Report on vaccination in Madras 1922-1929 - 1922-1929
Year: 1922
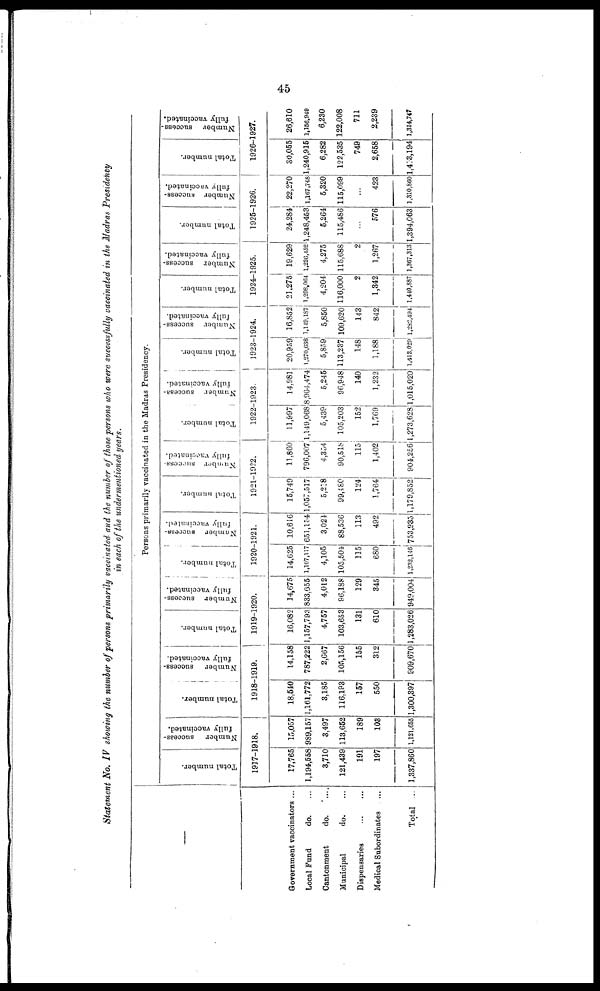
45
Statement No. IV showing the number of persons primarily vaccinated and the number of those persons who were successfully vaccinated in the Madras Presidency
in each of the undermentioned years.
—
Government vaccinators ...
Local Fund
do. ... ...
Cantonment
do... ... ...
Municipal
do.
Dispensaries...
...
...
Medical Subordinates
...
Total ...
Persons primarily vaccinated in the Madras Presidency.
Total number.
Number success-
fully vaccinated.
1917-1918.
17,765
1,194,558
3,710
121,439
191
197
1,337,860
15,057
989,157
3,497
113,652
189
103
1,121,655
Total number.
Number success-
fully vaccinated.
1918-1919.
18,540
1,161,772
3,185
116,193
157
550
1,300,397
14,158
787,222
2,667
105,156
155
312
909,670
Total number.
Number success-
fully vaccinated.
1919-1920.
16,082
1,157,793
4,757
103,653
131
610
1,283,026
14,675
833,655
4,012
96,188
129
345
949,004
Total number.
Number success-
fully vaccinated.
_
1920-1921.
14,625
1,107,117
4,105
105,504
115
680
1,282,146
10,616
651,154
3,024
88,536
113
492
753,935
Total number.
Number success-
fully vaccinated.
_
1921-1922.
15,749
1,057,517
5,218
99,480
124
1,764
1,179,852
11,860
796,007
4,354
90,518
115
1,402
904,256
Total number.
Number success-
fully vaccinated.
1922-1923.
11,997
1,149,068
5,439
105,203
152
1,769
1,273,628
14,981
8,964,474
5,245
96,948
140
1,232
1,015,020
Total number.
Number success-
fully vaccinated.
1923-1924.
20,959
1,270,638
5,859
113,237
148
1,188
1,412,029
16,852
1,149,187
5,850
109,620
143
842
1,282,494
Total number.
Number success-
fully vaccinated.
1924-1925.
21,275
1,298,064
4,204
116,000
2
1,342
1,440,887
19,629
1,226,452
4,275
115,688
2
1,267
1,367,313
Total number.
Number success-
full vaccinated.
1925-1926.
24,284]
1,248,453
5,264
115,486
...
576
1,394,063
22,270
1,167,748
5,320
115,099
...
423
1,310,860
Total number.
Number success.
1 fully vaccinated.
1926-1927.
30,055
1,240,915
6,282
122,535
749
2,658
1,403,194
26,610
1,156,949
6,230
122,008
711
2,239
1,314,747